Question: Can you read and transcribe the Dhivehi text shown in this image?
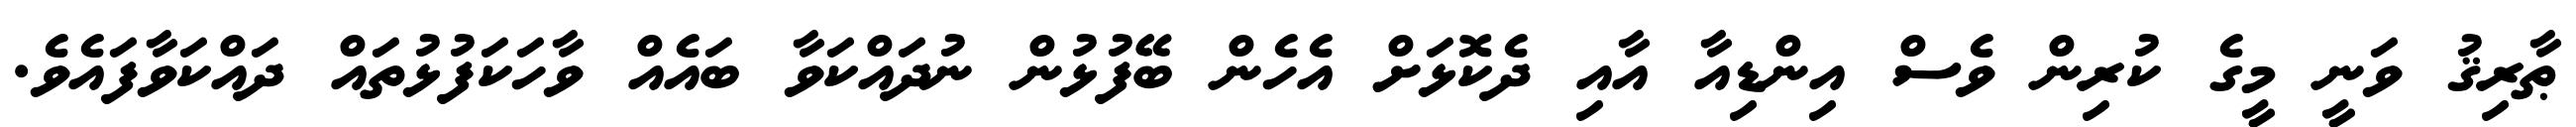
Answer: ޠާރިޤު ވަނީ މީގެ ކުރިން ވެސް އިންޑިއާ އާއި ދެކޮޅަށް އެހެން ބޭފުޅުން ނުދައްކަވާ ބައެއް ވާހަކަފުޅުތައް ދައްކަވާފައެވެ.